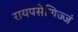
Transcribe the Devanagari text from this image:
रायपसेणिज्जं